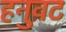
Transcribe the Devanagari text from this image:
हनुवट